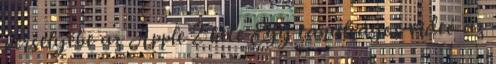
perselyébe az Apple 2 hete Egy tanulságos videó az